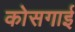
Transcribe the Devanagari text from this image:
कोसगाई